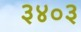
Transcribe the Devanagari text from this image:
३४०३